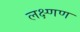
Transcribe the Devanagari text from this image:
लक्ष्णण